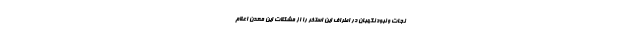
نجات و نبود نگهبان در اطراف این استخر را از مشکلات این معدن اعلام